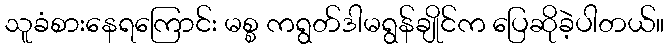
သူခံစားနေရကြောင်း မစ္စ ကရွတ်ဒါမရွန်ချိုင်က ပြေဆိုခဲ့ပါတယ်။